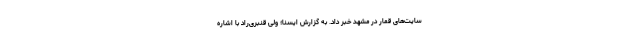
سایت‌های قمار در مشهد خبر داد. به گزارش ایسنا؛ ولی قنبری‌راد با اشاره